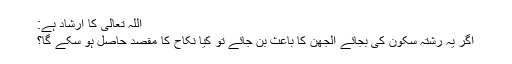
اللہ تعالیٰ کا ارشاد ہے:
اگر یہ رشتہ سکون کی بجائے الجھن کا باعث بن جائے تو کیا نکاح کا مقصد حاصل ہو سکے گا؟